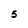
Character: 5